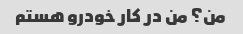
من؟ من در کار خودرو هستم